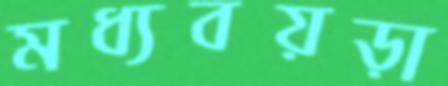
মধ্যবয়ড়া